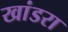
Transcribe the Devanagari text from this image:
खांडरा